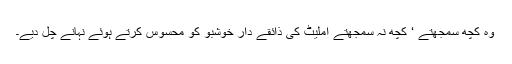
وہ کچھ سمجھتے ‘ کچھ نہ سمجھتے آملیٹ کی ذائقے دار خوشبو کو محسوس کرتے ہوئے نہانے چل دیے۔